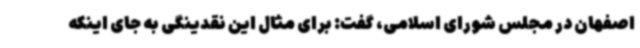
اصفهان در مجلس شورای اسلامی، گفت: برای مثال این نقدینگی به جای اینکه